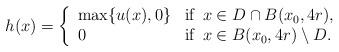
LaTeX: \begin{align*}h(x) = \left\{\begin{array}{ll}\max\{u(x),0\} & \textrm{if }\, x\in D\cap B(x_0,4r), \\0 & \textrm{if }\, x\in B(x_0,4r)\setminus D. \end{array}\right.\end{align*}